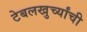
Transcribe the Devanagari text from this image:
टेबलखुर्च्यांची